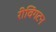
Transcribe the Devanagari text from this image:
रीविंगटन